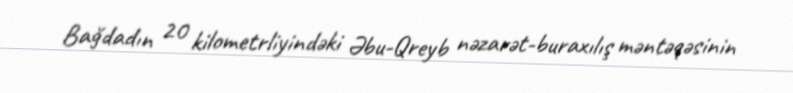
Bağdadın 20 kilometrliyindəki Əbu-Qreyb nəzarət-buraxılış məntəqəsinin